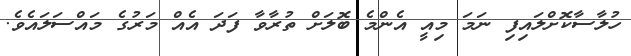
ހުލާސާކޮށްލައިފި ނަމަ މިއީ އެންމެ ބޮލަށް ތުރާވާ ފަދަ އެއް މަރުގެ މައްސަލައެވެ.